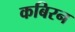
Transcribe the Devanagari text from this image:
कबिरन